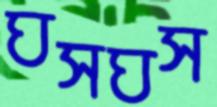
ঘসঘস